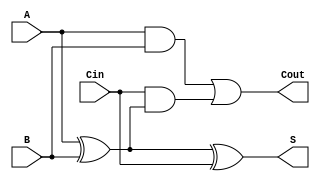
module full_adder (
    input  wire A,    // First binary input
    input  wire B,    // Second binary input
    input  wire Cin,  // Carry input
    output wire S,    // Sum output
    output wire Cout   // Carry output
);

// Sum logic: S = A XOR B XOR Cin
assign S = A ^ B ^ Cin;

// Carry-out logic: Cout = (A AND B) OR (Cin AND (A XOR B))
assign Cout = (A & B) | (Cin & (A ^ B));

endmodule